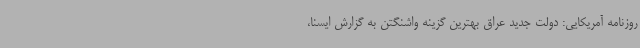
روزنامه آمریکایی: دولت جدید عراق بهترین گزینه واشنگتن به گزارش ایسنا،